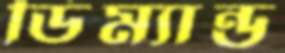
ডিম্যান্ড